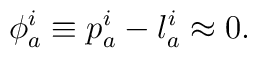
\phi _{a}^{i}\equiv p_{a}^{i}-l_{a}^{i}\approx 0.